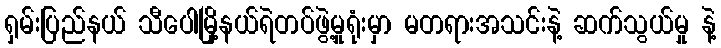
ရှမ်းပြည်နယ် သီပေါမြို့နယ်ရဲတပ်ဖွဲ့မှုရုံးမှာ မတရားအသင်းနဲ့ ဆက်သွယ်မှု နဲ့